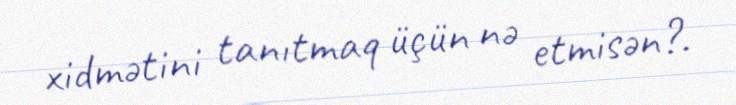
xidmətini tanıtmaq üçün nə etmisən?.